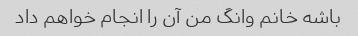
باشه خانم وانگ من آن را انجام خواهم داد